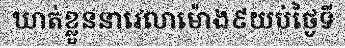
ឃាត់ខ្លួននាវេលាម៉ោង៩យប់ថ្ងៃទី